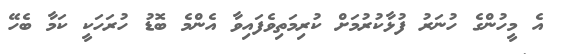
އެ މީހުންގެ ހުނަރު ފުޅާކުރުމަށް ކުރިމަތިވެފައިވާ އެންމެ ބޮޑު ހުރަހަކީ ކަމާ ބެހޭ